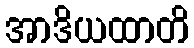
အာဒိယထာတိ